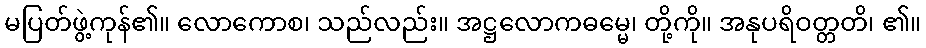
မပြတ်ဖွဲ့ကုန်၏။ လောကောစ၊ သည်လည်း။ အဋ္ဌလောကဓမ္မေ၊ တို့ကို။ အနုပရိဝတ္တတိ၊ ၏။